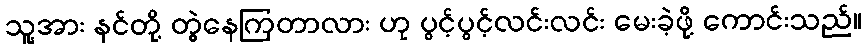
သူ့အား နင်တို့ တွဲနေကြတာလား ဟု ပွင့်ပွင့်လင်းလင်း မေးခဲ့ဖို့ ကောင်းသည်။